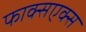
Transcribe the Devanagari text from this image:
फाक्सएक्स